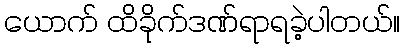
ယောက် ထိခိုက်ဒဏ်ရာရခဲ့ပါတယ်။